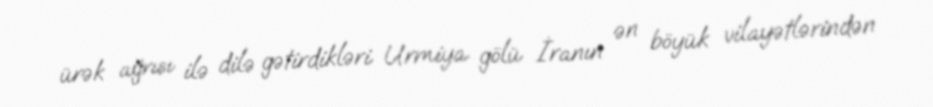
ürək ağrısı ilə dilə gətirdikləri Urmiya gölü İranın ən böyük vilayətlərindən